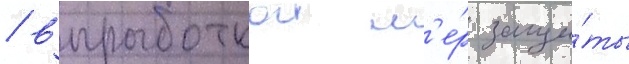
/ выработкои м'е́р защи́ты